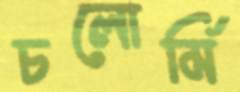
চলোর্মি